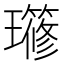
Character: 𤪱